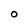
Character: O